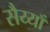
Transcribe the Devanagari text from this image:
सैय्याँ